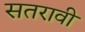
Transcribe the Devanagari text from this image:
सतरावी